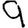
Digit: 9